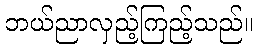
ဘယ်ညာလှည့်ကြည့်သည်။